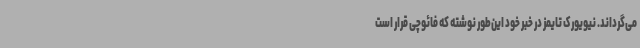
می‌گرداند. نیویورک تایمز در خبر خود این‌طور نوشته که فائوچی قرار است